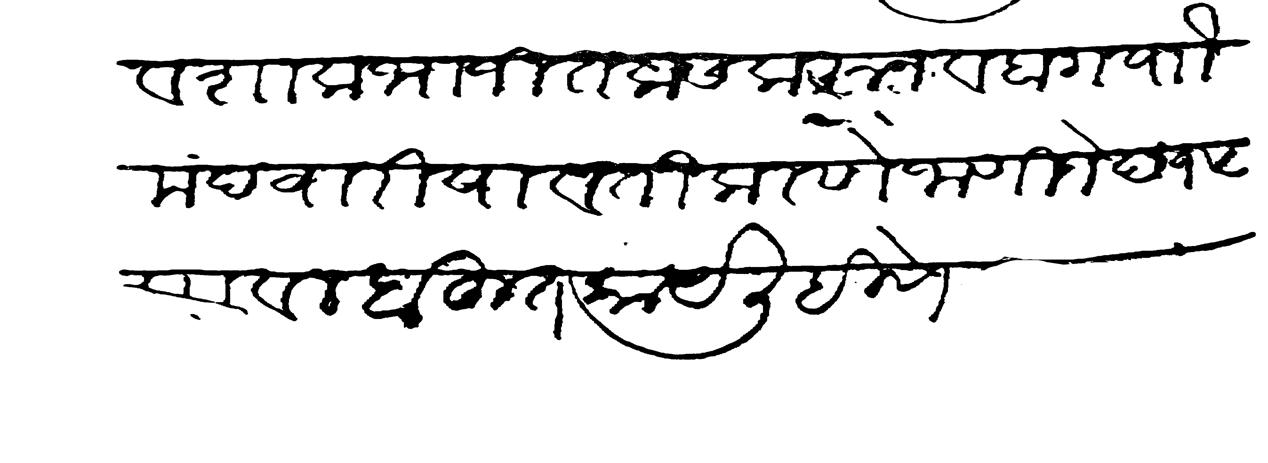
Transliteration (Devanagari): व शाकभाजी तलास करून व बाग पाौ मंदवारी पावती करणे जाणिजे छ १५ र वल बहुत काय लिहिणे